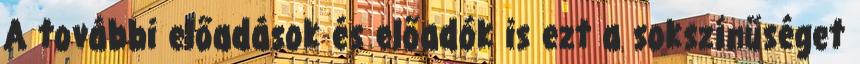
A további előadások és előadók is ezt a sokszínűséget